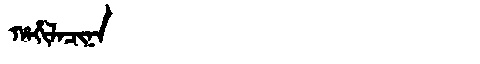
Manchu: ᡥᠠᡥᡳᠯᠠᠴᡳᠨᠠ
Romanization: HAHILACINA